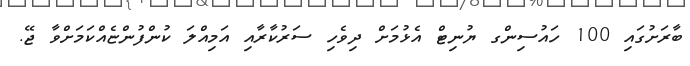
ބާރަށުގައި 100 ހައުސިންގ ޔުނިޓް އެޅުމަށް ދިވެހި ސަރުކާރާއި އަމިއްލަ ކުންފުންޏެއްކަމަށްވާ ޖޭ.